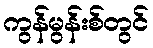
ကွန်မွန်းစ်တွင်